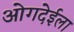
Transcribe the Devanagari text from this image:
ओगदेईला